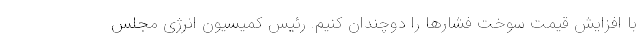
با افزایش قیمت سوخت فشارها را دوچندان کنیم. رئیس کمیسیون انرژی مجلس